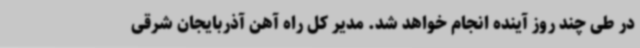
در طی چند روز آینده انجام خواهد شد. مدیر کل راه آهن آذربایجان شرقی